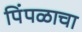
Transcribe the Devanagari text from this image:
पिंपळाचा